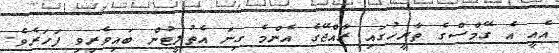
އެއީ އެ ގޭމްސްގެ ތާރީހުގައި ރާއްޖޭގެ އެންމެ ގިނަ އެތުލީޓުން ބައިވެރިވި ފަހަރެވެ.